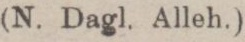
(N. Dagl. Alleh.)